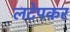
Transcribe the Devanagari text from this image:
लटेपकर